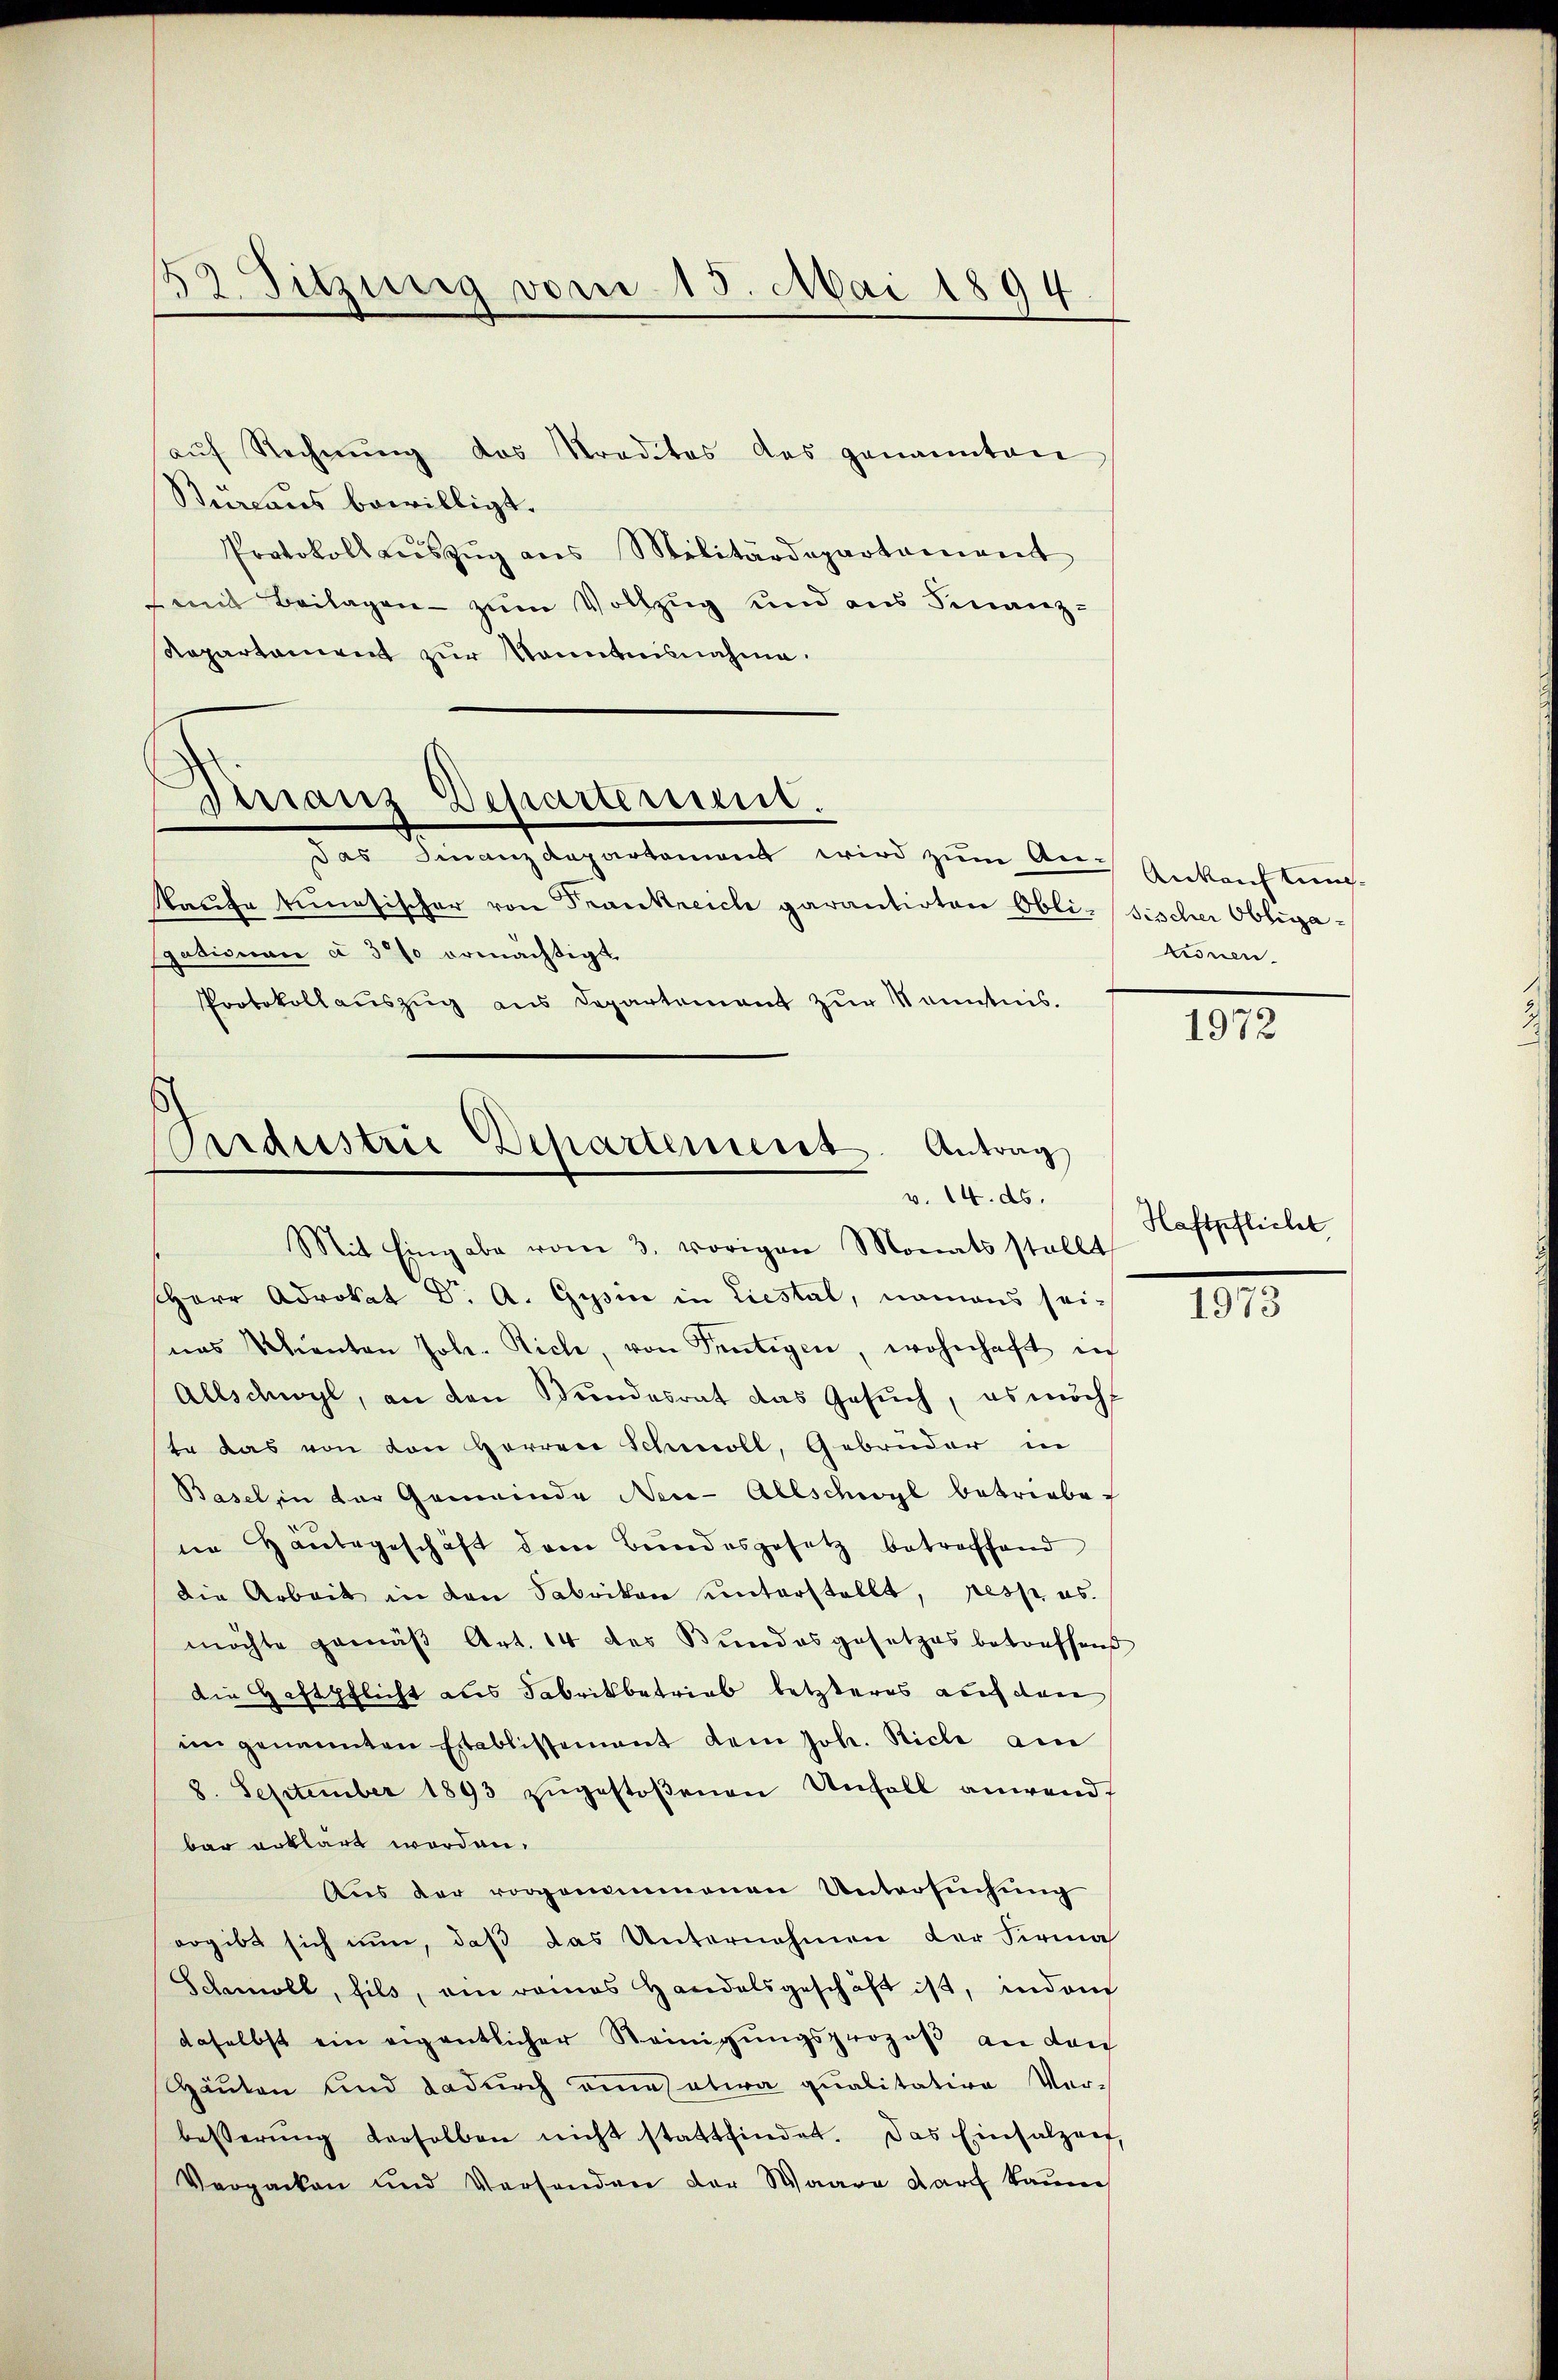
32. Sitzung vom 15. Mai 1894

aŭf Rechnŭng des Straditas des genannten
Bureaus bewilligt.
Protokoll aŭszŭg ans Militärdepartament
mit Beilagen - zum Vollzug und aus Finanz-
Repartament zur Kenntnisnahme.
das Finanzdepartement wird zum An-
Taufe kenesischer von Frankreich garantirten Obli-
gadisman a 3% ermächtigt
Protokollauszug aus Departement zur Kenntnis.
Herr Advokat Dr. A. Gysin in Liestal, namens sei-
nas Schienten Jole. Riche, von Sentigen, wohnhaft in
Allschwyl, an den Bŭndesrat das Gesŭch, es moch
te das von von Herren Schmoll, Gebrüder in
Basel in der Gemeinde Neu-Allschwyl betriebe
ne Hautegeschäft dem Bundesgesetz betrachtend
die Arbeit in den Fabrikon unterstellt, resp. es.
möchte gemäβ Art. 14 des Bundesgesetzes betreffend
die Haftpflicht aus Fabrikbetrieb letzteres auf den
im genannten Etablissement dem Joh. Riche am
3. September 1893 zŭgestoßenen Unfall anwend
bar erklärt worden.
Aŭs der vorgenommenen Untersŭchŭng
ergibt sich nun, daß das Unternehmen der Firma
Schmoll, fils, ain romas Handelsgeschäft ist, indem
daselbst ein eigentlicher Steinigungsprozeß an den
Häuten und dadurch eines etira qualitative Ver-
besserŭng derselben nicht stattfindet. Das Einsalzart,
Verpacken und Versenden der Waare darff kaum

Finanz Departerum.

Perdüstrie Departement. Antrag
v. 14. ds.
Mit Eingabe vom 3. vorigen Monats stellt

Ankauftung.
Fischer Obliga-
kronen.

1972

Haftpflicht

1973